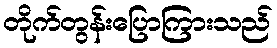
တိုက်တွန်းပြောကြားသည်